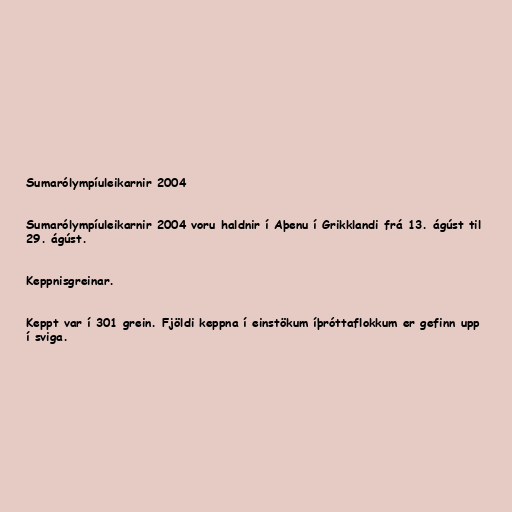
Sumarólympíuleikarnir 2004

Sumarólympíuleikarnir 2004 voru haldnir í Aþenu í Grikklandi frá 13. ágúst til
29. ágúst.

Keppnisgreinar.

Keppt var í 301 grein. Fjöldi keppna í einstökum íþróttaflokkum er gefinn upp
í sviga.